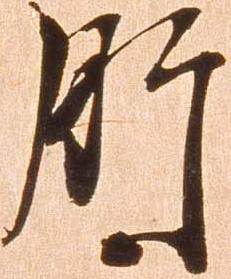
肝